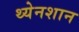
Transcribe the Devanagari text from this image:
थ्येनशान